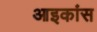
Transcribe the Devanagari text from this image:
आइकांस